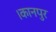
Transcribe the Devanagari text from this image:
।कानपुर